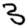
Digit: 3